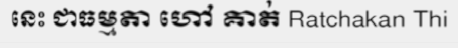
នេះ ជាធម្មតា ហៅ គាត់ Ratchakan Thi